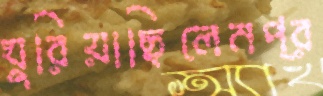
ঘুরিয়াছিলেনপ্র